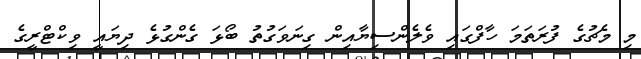
މި މެޗުގެ ފުރަތަމަ ހާފްގައި ވެލެންސިޔާއިން ގިނަވަގުތު ބޯޅަ ގެންގުޅެ ދިޔައީ ވިކްޓްރީގެ